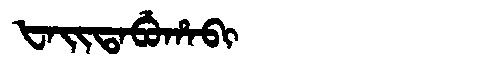
Manchu: ᡶᠠᡳᡨᠠᠪᡠᡥᠠᠪᡳ
Romanization: FAITABUHABI